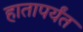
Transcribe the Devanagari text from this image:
हातापर्यंत